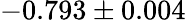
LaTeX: -0.793\pm 0.004